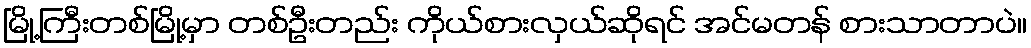
မြို့ကြီးတစ်မြို့မှာ တစ်ဦးတည်း ကိုယ်စားလှယ်ဆိုရင် အင်မတန် စားသာတာပဲ။